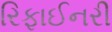
રિફાઈનરી